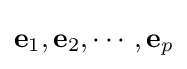
\mathbf {e} _{1},\mathbf {e} _{2},\cdots ,\mathbf {e} _{p}